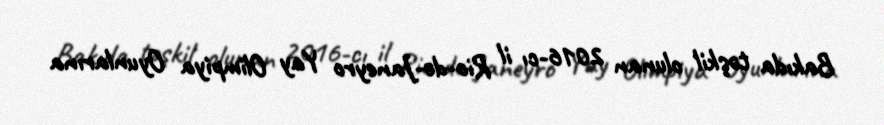
Bakıda təşkil olunan 2016-cı il Rio-de-Janeyro Yay Olimpiya Oyunlarına